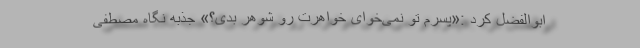
ابوالفضل کرد :«پسرم تو نمی‌خوای خواهرت رو شوهر بدی؟» جذبه نگاه مصطفی